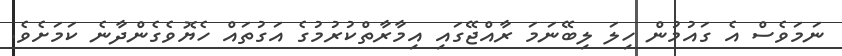
ނަމަވެސް އެ ގައުމުން ހިލަ ލިބޭނަމަ ރާއްޖޭގައި އިމާރާތްކުރުމުގެ އަގުތައް ހެޔޮވެގެންދާނެ ކަމަށެވެ.